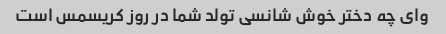
وای چه دختر خوش شانسی تولد شما در روز کریسمس است